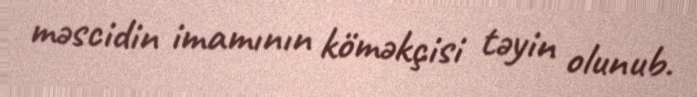
məscidin imamının köməkçisi təyin olunub.